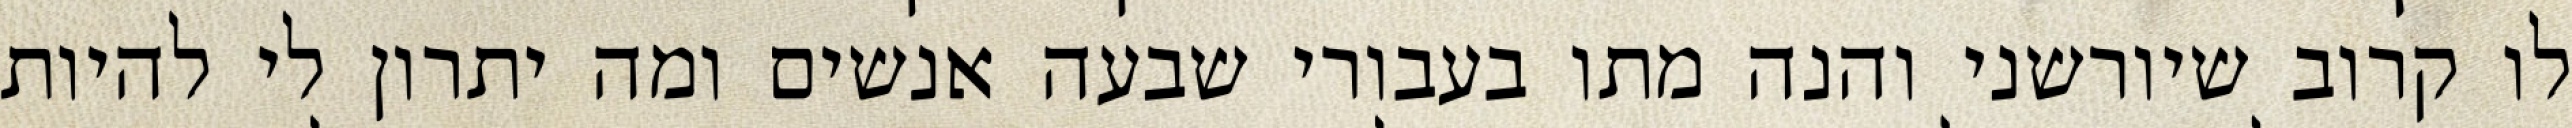
לו קרוב שיורשני והנה מתו בעבורי שבעה אנשים ומה יתרון לי להיות